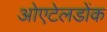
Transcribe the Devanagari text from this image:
ओएटेलडोंक